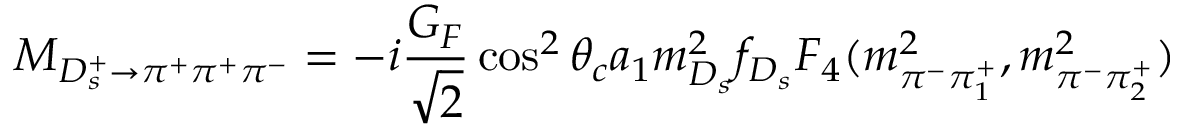
{ \cal M } _ { D _ { s } ^ { + } \to \pi ^ { + } \pi ^ { + } \pi ^ { - } } = - i \frac { G _ { F } } { \sqrt { 2 } } \cos ^ { 2 } \theta _ { c } a _ { 1 } m _ { D _ { s } } ^ { 2 } f _ { D _ { s } } F _ { 4 } ( m _ { \pi ^ { - } \pi _ { 1 } ^ { + } } ^ { 2 } , m _ { \pi ^ { - } \pi _ { 2 } ^ { + } } ^ { 2 } )